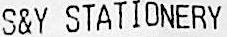
S&Y STATIONERY